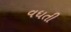
વધતી